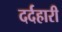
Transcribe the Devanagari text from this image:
दर्दहारी